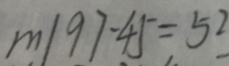
m \vert 9 7 - 4 5 = 5 2